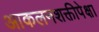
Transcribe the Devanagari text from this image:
आकलनशक्तीपेक्षा